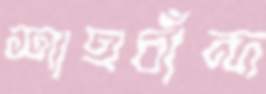
শাহচাঁন্দ